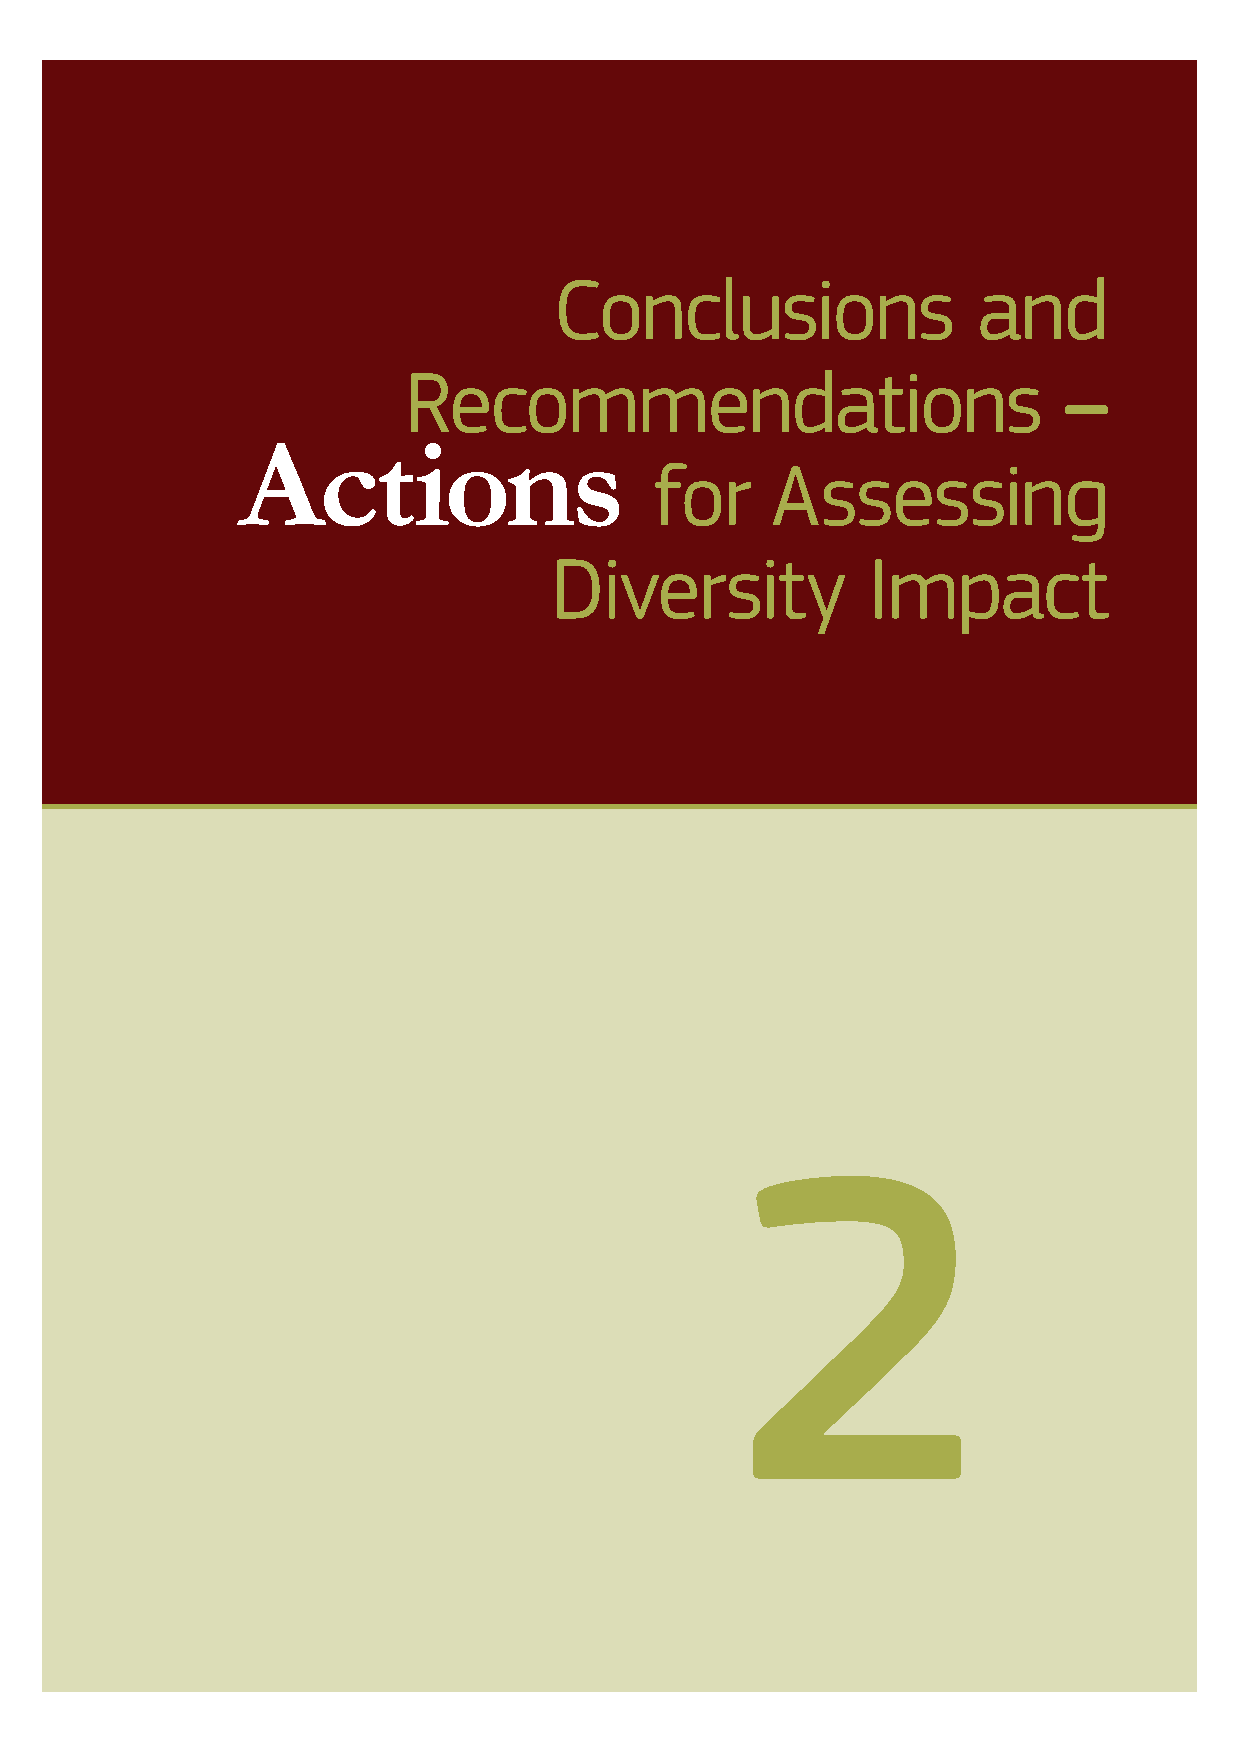
10
 A S S E S S I N G D I V E R S I T Y I M P A C T I N B U S I N E S S
 Conclusions                 and
 Recommendations                            –
 Actions
 for     Assessing
 Diversity            Impact
 2